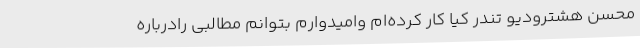
محسن هشترودیو تندر کیا کار کرده‌ام وامیدوارم بتوانم مطالبی رادرباره